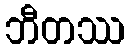
ဘီတဿ